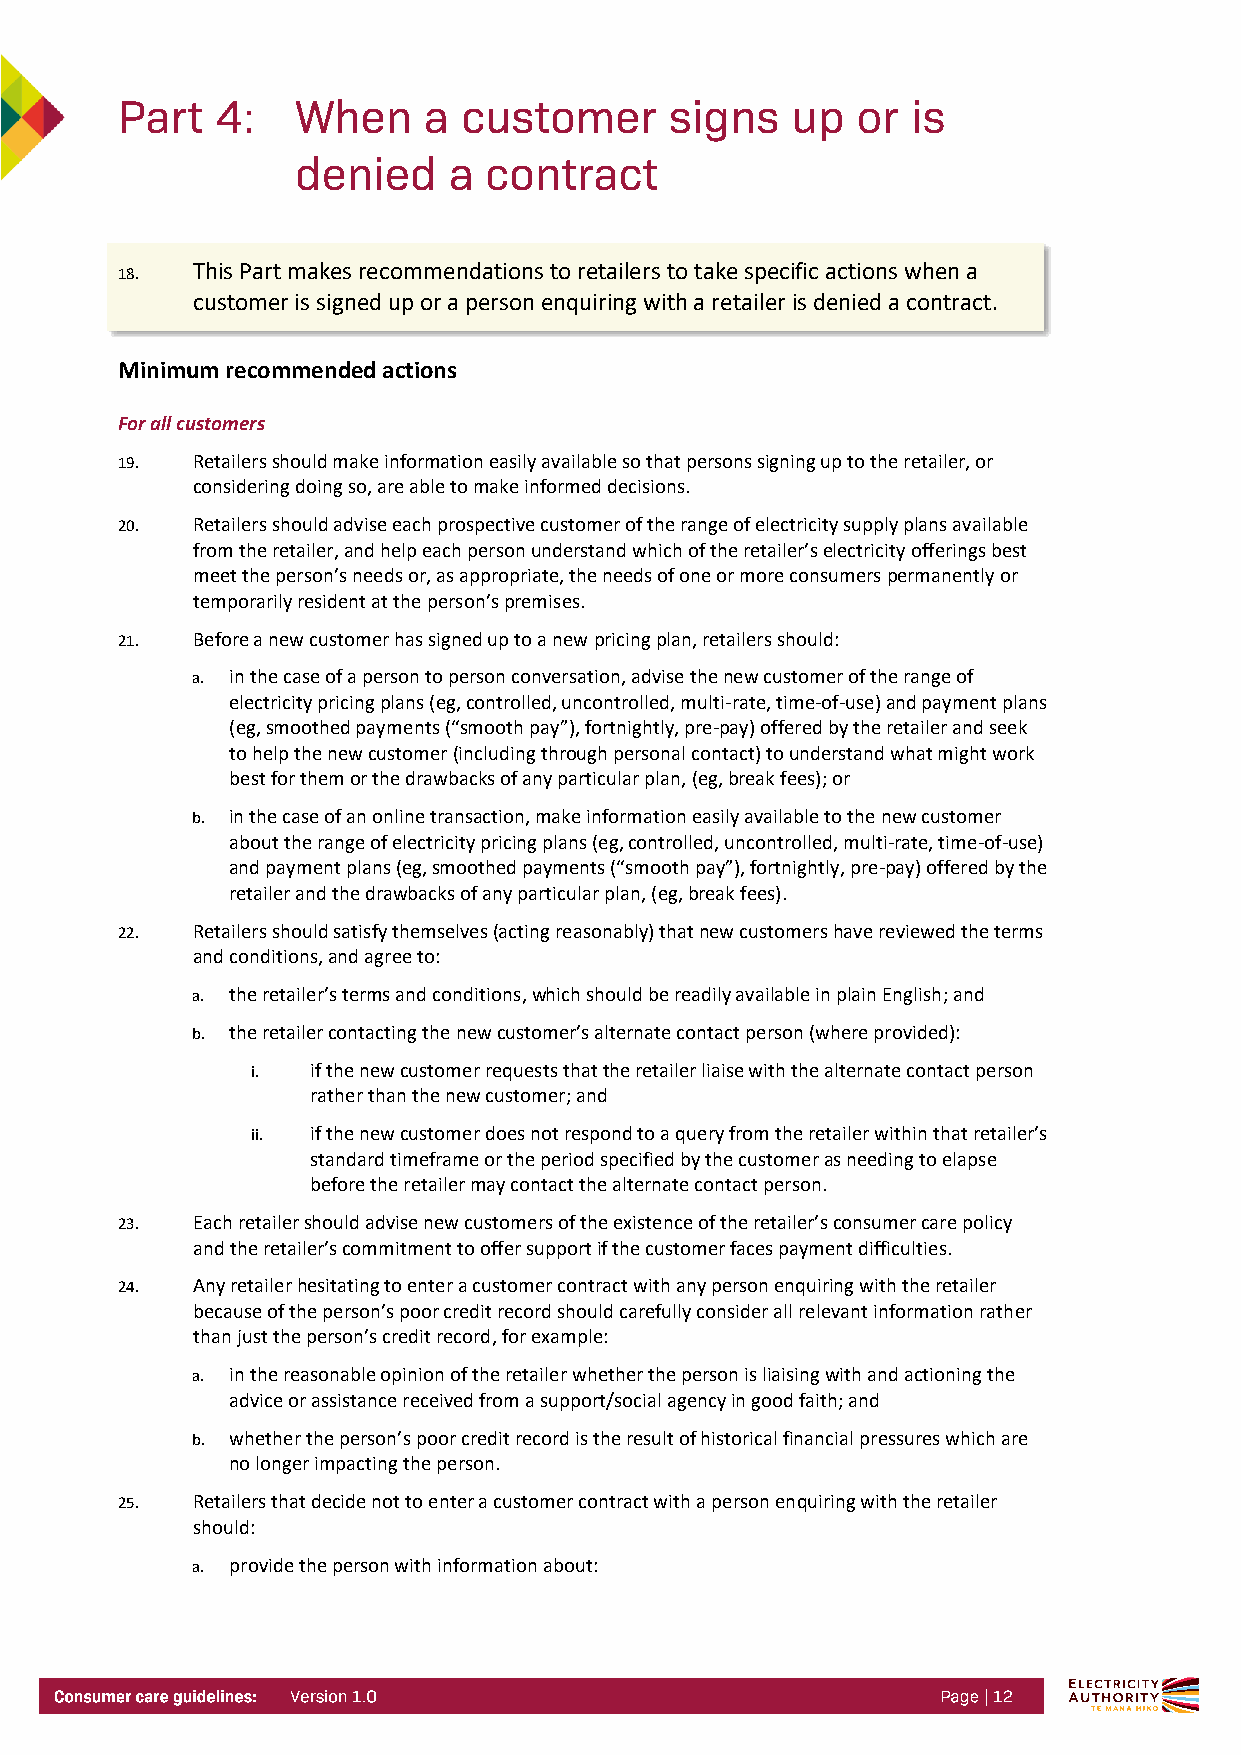
18.  This Part makes recommendations to retailers to take specific actions when a
 customer is signed up or a person enquiring with a retailer is denied a contract.
 Minimum recommended actions
 For all customers
 19.  Retailers should make information easily available so that persons signing up to the retailer, or
 considering doing so, are able to make informed decisions.
 20.  Retailers should advise each prospective customer of the range of electricity supply plans available
 from the retailer, and help each person understand which of the retailer’s electricity offerings best
 meet the person’s needs or, as appropriate, the needs of one or more consumers permanently or
 temporarily resident at the person’s premises.
 21.  Before a new customer has signed up to a new pricing plan, retailers should:
 a. in the case of a person to person conversation, advise the new customer of the range of
 electricity pricing plans (eg, controlled, uncontrolled, multi-rate, time-of-use) and payment plans
 (eg, smoothed payments (“smooth pay”), fortnightly, pre-pay) offered by the retailer and seek
 to help the new customer (including through personal contact) to understand what might work
 best for them or the drawbacks of any particular plan, (eg, break fees); or
 b. in the case of an online transaction, make information easily available to the new customer
 about the range of electricity pricing plans (eg, controlled, uncontrolled, multi-rate, time-of-use)
 and payment plans (eg, smoothed payments (“smooth pay”), fortnightly, pre-pay) offered by the
 retailer and the drawbacks of any particular plan, (eg, break fees).
 22.  Retailers should satisfy themselves (acting reasonably) that new customers have reviewed the terms
 and conditions, and agree to:
 a. the retailer’s terms and conditions, which should be readily available in plain English; and
 b. the retailer contacting the new customer’s alternate contact person (where provided):
 i.  if the new customer requests that the retailer liaise with the alternate contact person
 rather than the new customer; and
 ii. if the new customer does not respond to a query from the retailer within that retailer’s
 standard timeframe or the period specified by the customer as needing to elapse
 before the retailer may contact the alternate contact person.
 23.  Each retailer should advise new customers of the existence of the retailer’s consumer care policy
 and the retailer’s commitment to offer support if the customer faces payment difficulties.
 24.  Any retailer hesitating to enter a customer contract with any person enquiring with the retailer
 because of the person’s poor credit record should carefully consider all relevant information rather
 than just the person’s credit record, for example:
 a. in the reasonable opinion of the retailer whether the person is liaising with and actioning the
 advice or assistance received from a support/social agency in good faith; and
 b. whether the person’s poor credit record is the result of historical financial pressures which are
 no longer impacting the person.
 25.  Retailers that decide not to enter a customer contract with a person enquiring with the retailer
 should:
 a. provide the person with information about: